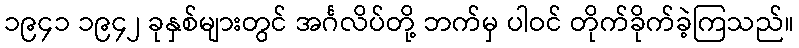
၁၉၄၁ ၁၉၄၂ ခုနှစ်များတွင် အင်္ဂလိပ်တို့ ဘက်မှ ပါဝင် တိုက်ခိုက်ခဲ့ကြသည်။